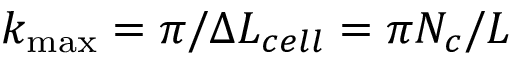
{ { k } _ { \operatorname* { m a x } } } = { \pi } / { \Delta { { L } _ { c e l l } } } = { \pi { { N } _ { c } } } / { L }